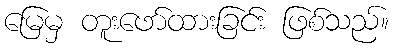
မြေမှ တူးဖော်ထားခြင်း ဖြစ်သည်။